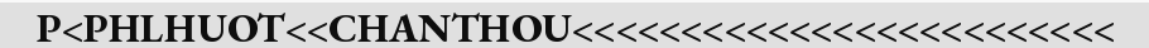
P<PHLHUOT<<CHANTHOU<<<<<<<<<<<<<<<<<<<<<<<<<